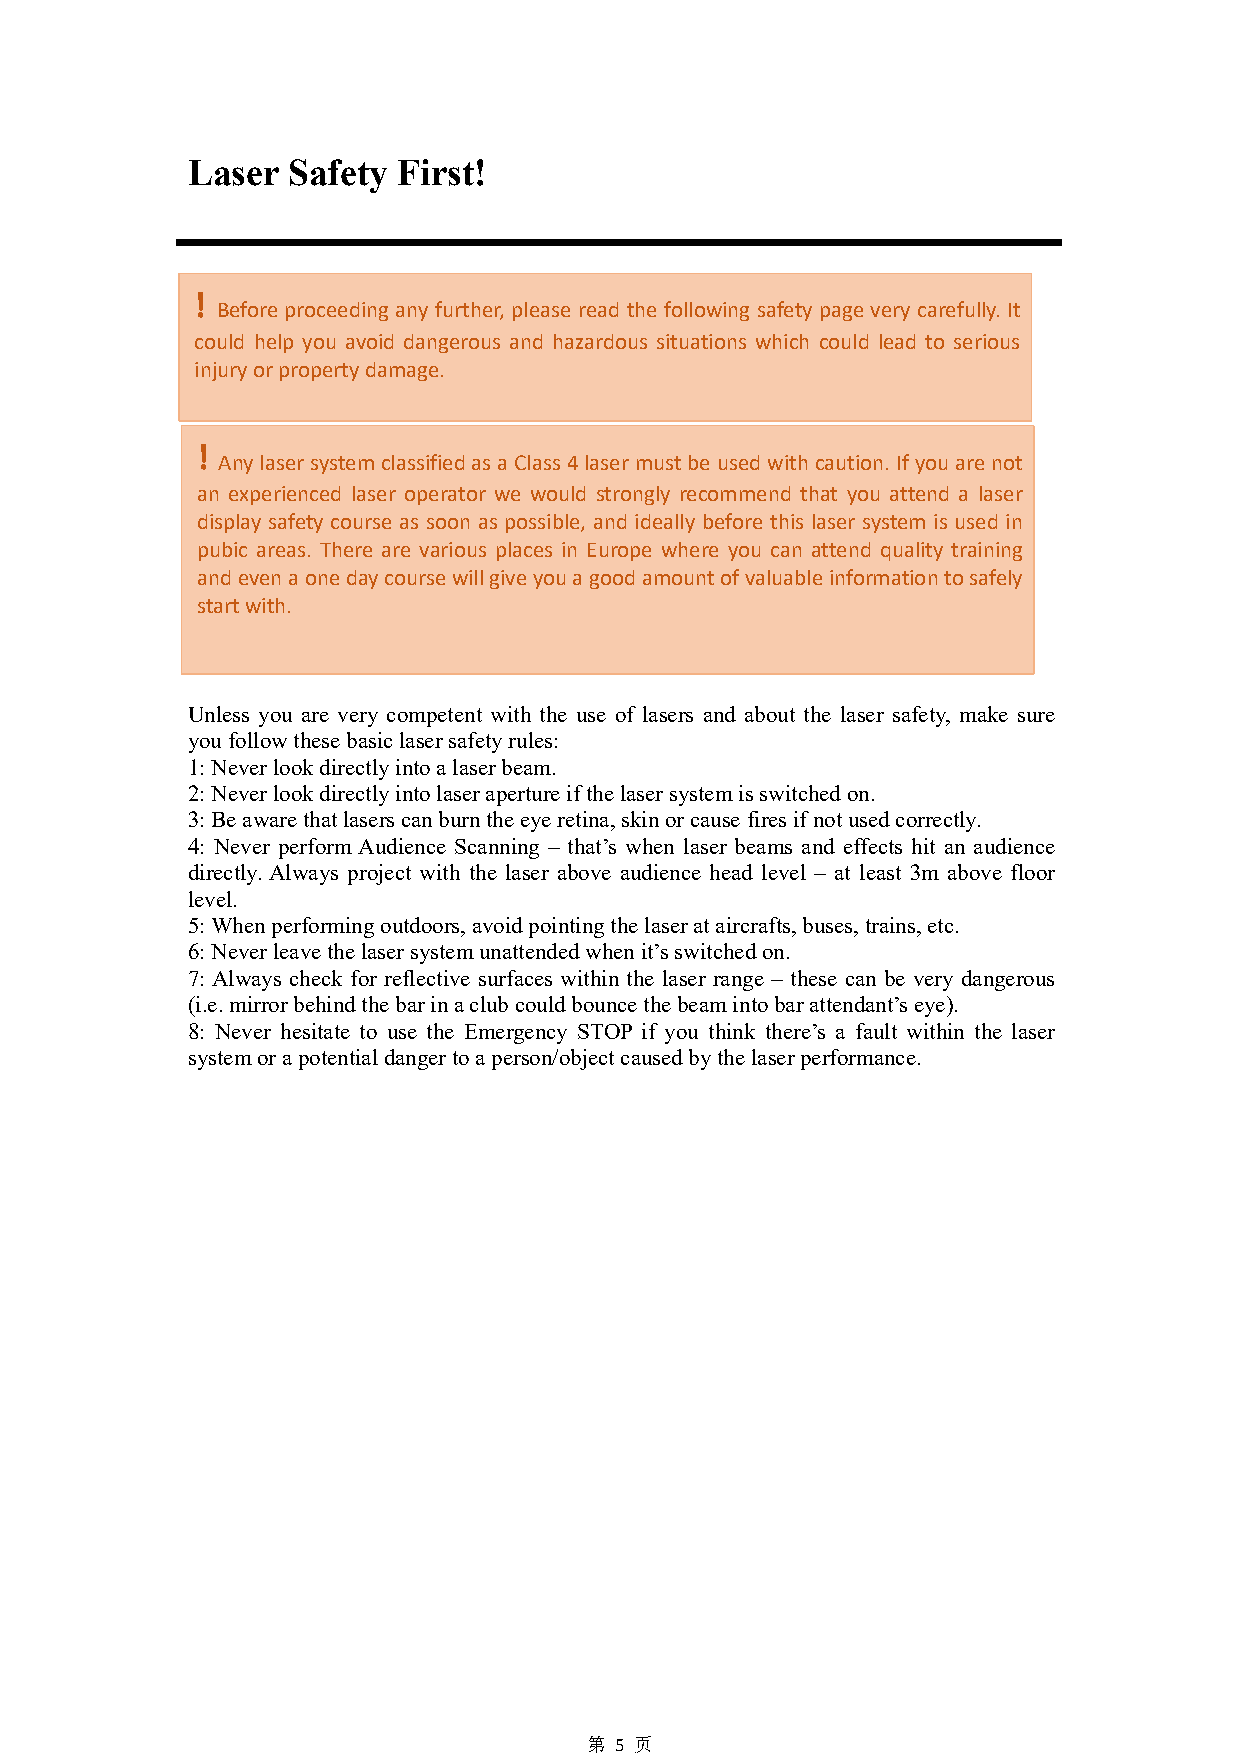
Laser  Safety First!
 !
 Beforeproceeding any further, please read the following safety page very carefully.It
 could help you avoid dangerous and hazardous situations which could lead to serious
 injuryorpropertydamage.
 !
 AnylasersystemclassifiedasaClass4lasermustbeusedwithcaution.Ifyouarenot
 an experienced laser operator we would strongly recommend that you attend a laser
 display safety course as soon as possible, and ideally before this laser system is used in
 pubic areas. There are various places in Europe where you can attend quality training
 andevenaonedaycoursewillgiveyouagoodamountofvaluableinformationtosafely
 startwith.
 Unless you are very competent with the use of lasers and about the laser safety, make sure
 youfollowthesebasiclasersafetyrules:
 1:Neverlookdirectlyintoalaserbeam.
 2:Neverlookdirectlyintolaserapertureifthelasersystemisswitchedon.
 3:Beawarethatlaserscanburntheeyeretina,skinorcausefiresifnotusedcorrectly.
 4: Never perform Audience Scanning – that’s when laser beams and effects hit an audience
 directly. Always project with the laser above audience head level – at least 3m above floor
 level.
 5:Whenperformingoutdoors,avoidpointingthelaserataircrafts,buses,trains,etc.
 6:Neverleavethelasersystemunattendedwhenit’sswitchedon.
 7:Always check for reflective surfaces within the laser range – these can be very dangerous
 (i.e.mirrorbehindthebarinaclubcouldbouncethebeamintobarattendant’seye).
 8: Never hesitate to use the Emergency STOP if you think there’s a fault within the laser
 systemorapotentialdangertoaperson/objectcausedbythelaserperformance.
 第 5 页